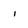
Character: 1